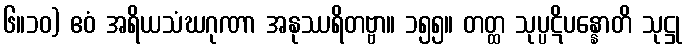
၆။၁၀) ဧဝံ အရိယသံဃဂုဏာ အနုဿရိတဗ္ဗာ။ ၁၅၅။ တတ္ထ သုပ္ပဋိပန္နောတိ သုဋ္ဌု